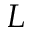
L